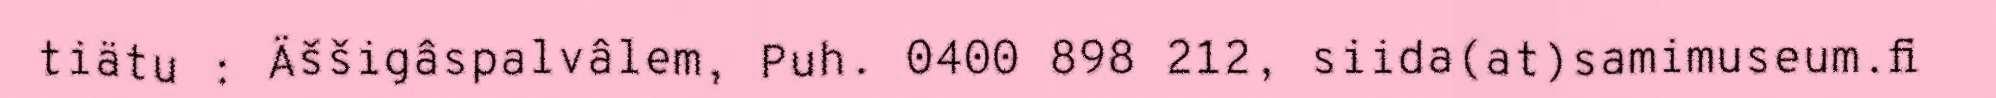
tiätu : Äššigâspalvâlem, Puh. 0400 898 212, siida(at)samimuseum.fi